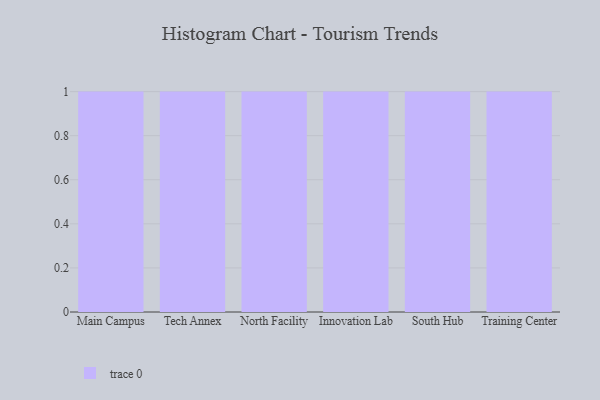
{"axis": {"x": "Campus", "y": "Inventory Turnover"}, "legend": [""], "data": [{"x": "Main Campus", "y": 16, "type": ""}, {"x": "Tech Annex", "y": 78, "type": ""}, {"x": "North Facility", "y": 71, "type": ""}, {"x": "Innovation Lab", "y": 1, "type": ""}, {"x": "South Hub", "y": 4, "type": ""}, {"x": "Training Center", "y": 5, "type": ""}]}